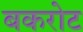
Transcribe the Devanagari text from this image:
बकरोट